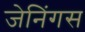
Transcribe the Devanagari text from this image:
जेनिंगस